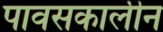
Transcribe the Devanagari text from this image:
पावसकालीन